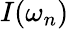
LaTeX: \displaystyle I(\omega_{n})